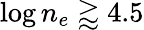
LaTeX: \log n_{e}\gtrapprox 4.5